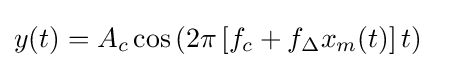
{\begin{aligned}y(t)&=A_{c}\cos \left(2\pi \left[f_{c}+f_{\Delta }x_{m}(t)\right]t\right)\end{aligned}}